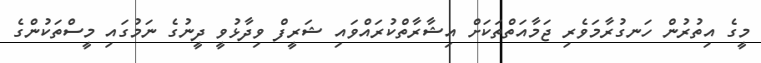
މީގެ އިތުރުން ހަނގުރާމަވެރި ޖަމާއަތްތަކަށް އިޝާރާތްކުރައްވައި ޝަރީފް ވިދާޅުވީ ދީނުގެ ނަމުގައި މީސްތަކުންގެ